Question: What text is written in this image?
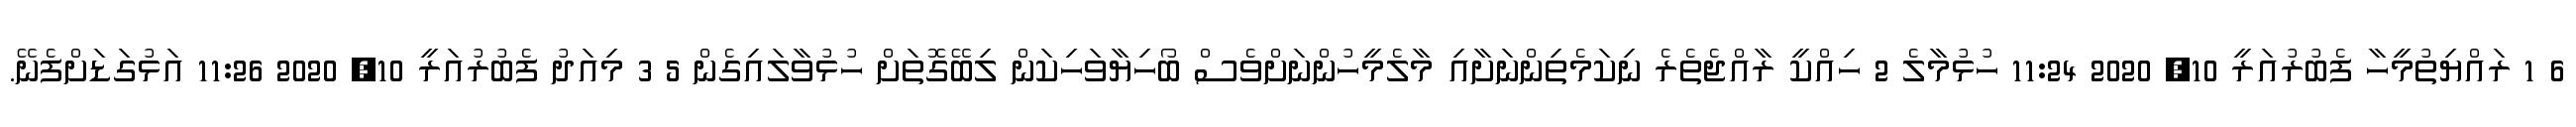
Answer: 6 1 ރައްޔިތުމީހާ ފެބުރުއަރީ 10, 2020 11:24 ހުޅުމާލެ 2 ހިއްކީ ރާއްޖެތެރެ ނިކަމެތިންނަށާއި މާލެމީހުންނަށްވެސް ބޯހިޔާވަހިކަން ލިބޭގޮތަށް ހުޅުވާލައިގެން 5 3 މިއަދު ފެބުރުއަރީ 10, 2020 11:26 އަޅުގަޑަށްފެނޭ.